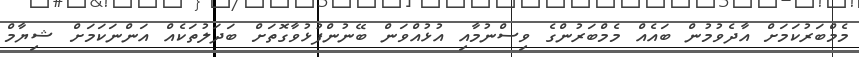
މެމްބަރުކަމަށް އާދެވުމުން ބައެއް މެމްބަރުންގެ ވިސްނުމާއި އުޅުއްވަން ބޭނުންފުޅުވާގޮތަށް ބަދަލުތަކެއް އަންނަކަމަށް ޝިޔާމް